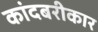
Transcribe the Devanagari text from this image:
कांदबरीकार